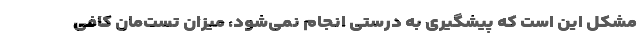
مشکل این است که پیشگیری به درستی انجام نمی‌شود، میزان تست‌مان کافی